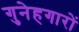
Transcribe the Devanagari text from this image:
गुनेहगारों